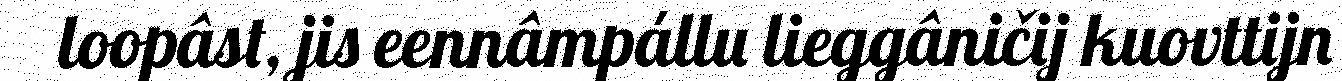
loopâst, jis eennâmpállu lieggâničij kuovttijn